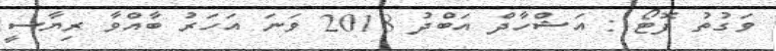
ވަގުތު ފޮޓޯ : އަޝްހާދް އަބްދު 2018 ވަނަ އަހަރު ބާއްވާ ރިޔާސީ